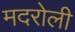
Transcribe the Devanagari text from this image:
मदरोली